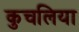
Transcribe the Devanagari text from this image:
कुचलिया